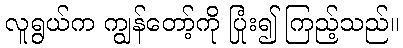
လူရွယ်က ကျွန်တော့်ကို ပြုံး၍ ကြည့်သည်။